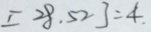
[ 2 8 . 5 2 ] = 4 .